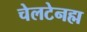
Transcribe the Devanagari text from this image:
चेलटेनह्म